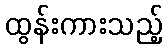
ထွန်းကားသည့်